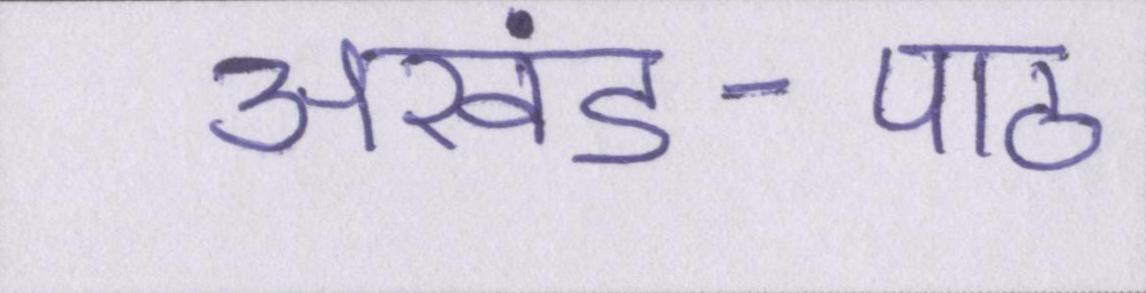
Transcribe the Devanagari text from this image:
अखंड-पाठ